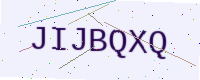
Text: JIJBQXQ